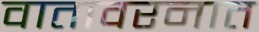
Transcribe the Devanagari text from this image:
वातावरनात